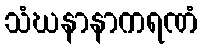
သံဃနာနာကရဏံ